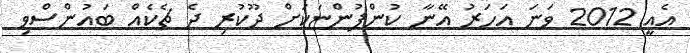
އެއީ 2012 ވަނަ އަހަރު އޭނާ ކުންފުންޏަކަށް ދޫކުރި ދެ ޗެކެއް ބައުންސްވި